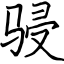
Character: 骎